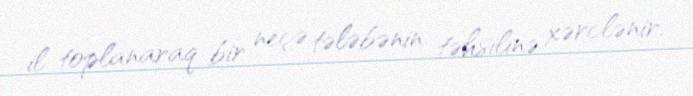
il toplanaraq bir neçə tələbənin təhsilinə xərclənir.